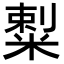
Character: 𥻌